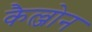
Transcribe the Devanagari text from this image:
कैल्जोन